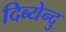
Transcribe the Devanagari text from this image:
दिब्येन्दु